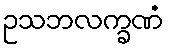
ဥသဘလက္ခဏံ